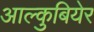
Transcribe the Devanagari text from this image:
आल्कुबियेर